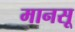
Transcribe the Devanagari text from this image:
मानसू